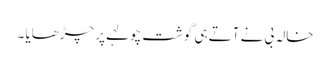
خالہ بی نے آتے ہی گوشت چولہے پر چڑھایا ۔